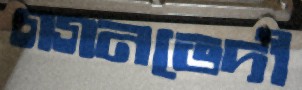
গগনভেদী